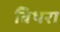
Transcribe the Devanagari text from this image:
विथरा